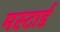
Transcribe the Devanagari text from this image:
मस्टार्ड